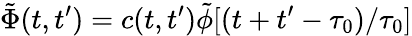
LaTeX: \tilde{\Phi}(t,t^{\prime})=c(t,t^{\prime})\tilde{\phi}[(t+t^{\prime}-\tau_{0})/\tau_{0}]